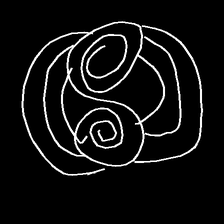
Glyph: wind-underfoot